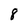
Character: 8